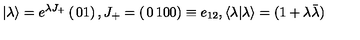
\vert \lambda \rangle = { e ^ { \lambda { J _ { + } } } } \left( \begin{matrix} { 0 } \\ { 1 } \\ \end{matrix} \right) , { J _ { + } } = \left( \begin{matrix} { 0 } & { 1 } \\ { 0 } & { 0 } \\ \end{matrix} \right) \equiv { e _ { 1 2 } } , \langle \lambda \vert \lambda \rangle = ( 1 + { \lambda } { \bar { \lambda } } )